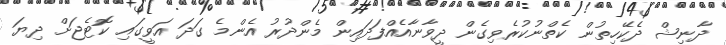
ދާނިޝް ދެކޭހިތުން ކެތްނުކުރެވިގެން ދީވާނާއެއްފަދައިން މެންދުރު އެންމެ ގަދަ އަވީގައި ކޮޓެޖަށް ދިޔަ